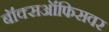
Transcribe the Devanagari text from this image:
बॉक्सऑफिसवर